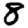
Digit: 8